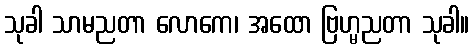
သုခါ သာမညတာ လောကေ၊ အထော ဗြဟ္မညတာ သုခါ။